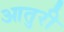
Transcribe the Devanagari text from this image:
आतुरी